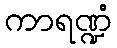
ကာရဏ္ဍံ